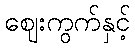
ဈေးကွက်နှင့်